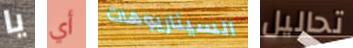
يا أي السيناريوهات تحاليل